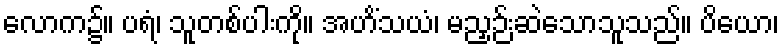
လောက၌။ ပရံ၊ သူတစ်ပါးကို။ အဟိံသယံ၊ မညှဉ်းဆဲသောသူသည်။ ပိယော၊